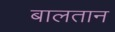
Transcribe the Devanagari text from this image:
बालतान